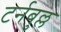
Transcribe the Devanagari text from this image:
टर्नबुल्ल